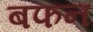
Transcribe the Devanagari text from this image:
बफन